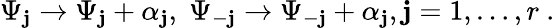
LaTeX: \Psi_{\mathbf{j}}\rightarrow\Psi_{\mathbf{j}}+\alpha_{\mathbf{j}},\; \Psi_{-\mathbf{j}}\rightarrow\Psi_{-\mathbf{j}}+\alpha_{\mathbf{j}},\mathbf{j}=1,\ldots,r\ .